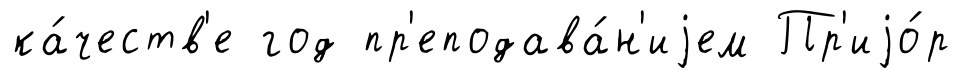
ка́честв'е год пр'еподава́н'иjем Пр'иjо́р